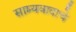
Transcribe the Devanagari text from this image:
साम्यवादाचे